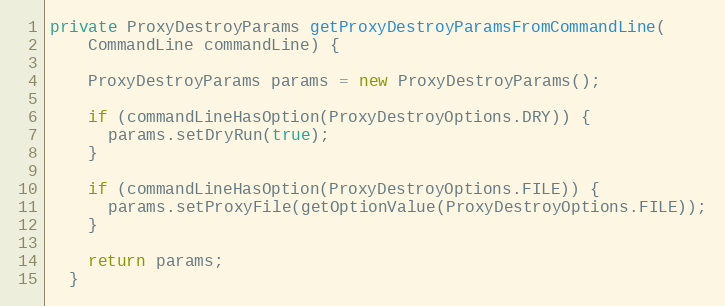
Language: Java
private ProxyDestroyParams getProxyDestroyParamsFromCommandLine(
    CommandLine commandLine) {

    ProxyDestroyParams params = new ProxyDestroyParams();

    if (commandLineHasOption(ProxyDestroyOptions.DRY)) {
      params.setDryRun(true);
    }

    if (commandLineHasOption(ProxyDestroyOptions.FILE)) {
      params.setProxyFile(getOptionValue(ProxyDestroyOptions.FILE));
    }

    return params;
  }